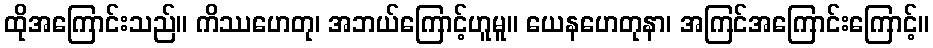
ထိုအကြောင်းသည်။ ကိဿဟေတု၊ အဘယ်ကြောင့်ဟူမူ။ ယေနဟေတုနာ၊ အကြင်အကြောင်းကြောင့်။